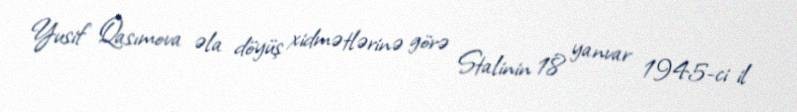
Yusif Qasımova əla döyüş xidmətlərinə görə Stalinin 18 yanvar 1945-ci il